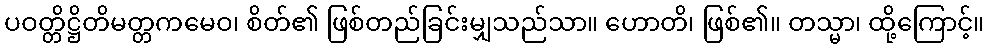
ပဝတ္တိဋ္ဌိတိမတ္တကမေဝ၊ စိတ်၏ ဖြစ်တည်ခြင်းမျှသည်သာ။ ဟောတိ၊ ဖြစ်၏။ တသ္မာ၊ ထို့ကြောင့်။